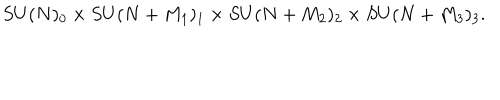
S U ( N ) _ { 0 } \times S U ( N + M _ { 1 } ) _ { 1 } \times S U ( N + M _ { 2 } ) _ { 2 } \times S U ( N + M _ { 3 } ) _ { 3 } .